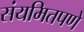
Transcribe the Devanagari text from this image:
संयमितपणे